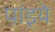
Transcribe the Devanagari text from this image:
पांइये